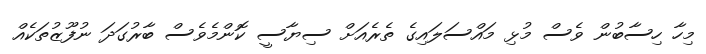
މިހާ ހިސާބުން ވެސް މުޅި މައްސަލައިގެ ތެރެއަށް ސިޔާސީ ކޮންމެވެސް ބާރުގަދަ ނުފޫޒުތަކެއް